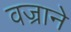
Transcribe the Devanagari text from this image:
वज्राने